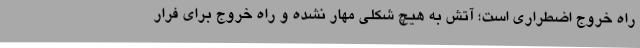
راه خروج اضطراری است؛ آتش به هیچ شکلی مهار نشده و راه خروج برای فرار